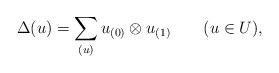
LaTeX: \begin{align*}\Delta(u)=\sum_{(u)}u_{(0)}\otimes u_{(1)}\qquad(u\in U),\end{align*}